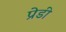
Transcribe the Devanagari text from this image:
प्रेडी